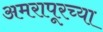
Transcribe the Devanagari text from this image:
अमरापूरच्या